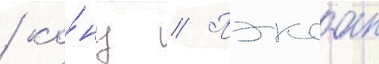
/ ко́нц // Пэксан